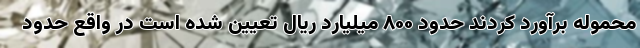
محموله برآورد کردند حدود ۸۰۰ میلیارد ریال تعیین شده است در واقع حدود